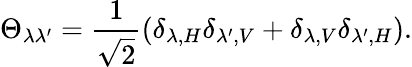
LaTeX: \Theta_{\lambda\lambda^{\prime}}=\frac{1}{\sqrt{2}}(\delta_{\lambda,H}\delta_{\lambda^{\prime},V}+\delta_{\lambda,V}\delta_{\lambda^{\prime},H}).